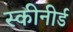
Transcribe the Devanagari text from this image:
स्कीनीर्ड